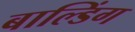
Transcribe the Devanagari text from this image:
बाल्डिंग